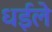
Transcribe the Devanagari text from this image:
धईले